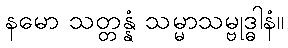
နမော သတ္တန္နံ သမ္မာသမ္ဗုဒ္ဓါနံ။